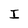
Character: I